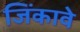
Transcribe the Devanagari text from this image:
जिंकावे